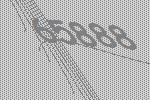
65888